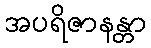
အပရိဇာနန္တာ